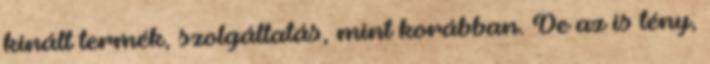
kínált termék, szolgáltatás, mint korábban. De az is tény,